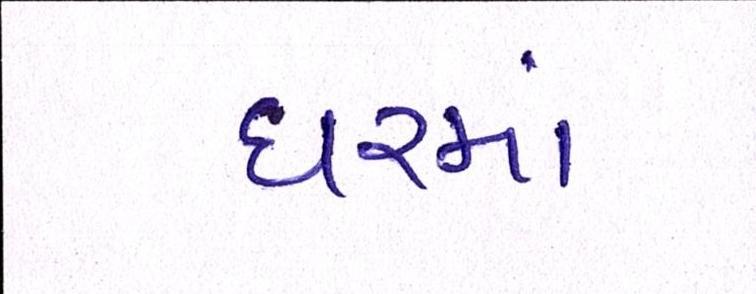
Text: ધરમાં